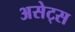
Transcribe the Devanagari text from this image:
असेट्स